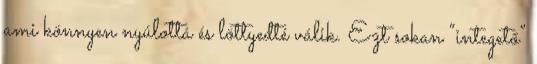
ami könnyen nyúlottá és löttyedté válik. Ezt sokan “integető”